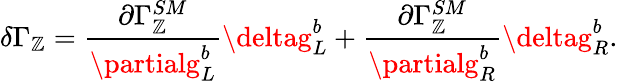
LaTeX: \delta\Gamma_{\mathbb{Z}}={\frac{{\partial\Gamma_{\mathbb{Z}}^{SM}}}{{\partialg_{L}^{b}}}}\deltag_{L}^{b}+{\frac{{\partial\Gamma_{\mathbb{Z}}^{SM}}}{{\partialg_{R}^{b}}}}\deltag_{R}^{b}.